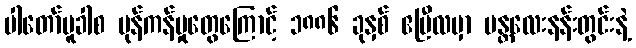
ပါတော်မူခါစ ပုန်ကန်မှုတွေကြောင့် ၁၈၈၆ ခုနှစ် ဧပြီလမှာ မန္တလေးနန်းတွင်းနဲ့